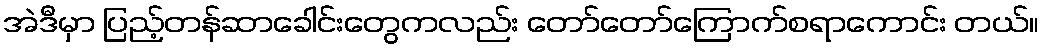
အဲဒီမှာ ပြည့်တန်ဆာခေါင်းတွေကလည်း တော်တော်ကြောက်စရာကောင်း တယ်။